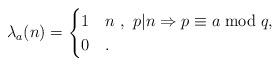
LaTeX: \begin{align*}\lambda_a(n)=\begin{cases}1& n ~,~ p|n\Rightarrow p\equiv a \bmod q,\\0 & .\end{cases}\end{align*}